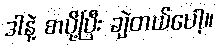
ဒါနဲ့ စာပို့ပြီး ချဲတယ်ပေါ့။